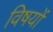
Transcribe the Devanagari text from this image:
विषयोंं